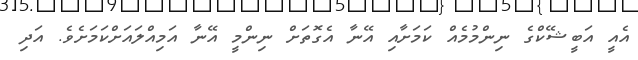
އެއީ އަބީޝޭކްގެ ނިންމުމެއް ކަމަށާއި އޭނާ އެގޮތަށް ނިންމީ އޭނާ އަމިއްލައަށްކަމަށެވެ. އަދި